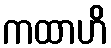
ကထာဟိ